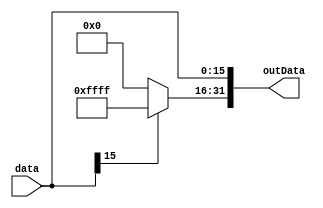
`timescale 1ns / 1ps
//////////////////////////////////////////////////////////////////////////////////
// Company: 
// Engineer: 
// 
// Design Name: 
// Module Name: EXTEND
// Project Name: 
// Target Devices: 
// Tool Versions: 
// Description: 
// 
// Dependencies: 
// 
// Revision:
// Revision 0.01 - File Created
// Additional Comments:
// 
//////////////////////////////////////////////////////////////////////////////////


module Extend(
    input [15:0] data,
    output reg[31:0] outData
);
always@(*)
    begin
        outData[15:0] = data;
        outData[31:16] = (data[15])? 16'hffff : 16'h0000;
    end 
endmodule